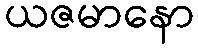
ယဇမာနော